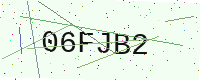
Text: 06FJB2